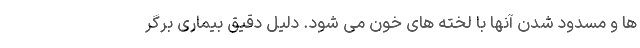
ها و مسدود شدن آنها با لخته های خون می شود. دلیل دقیق بیماری برگر